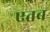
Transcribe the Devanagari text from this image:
एतब